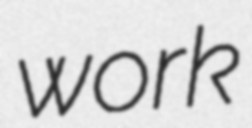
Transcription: work